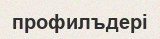
профилъдері